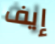
إيف